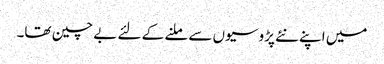
میں اپنے نئے پڑوسیوں سے ملنے کے لئے بے چین تھا۔